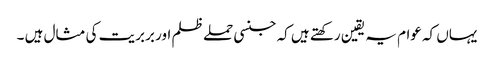
یہاں کہ عوام یہ یقین رکھتے ہیں کہ جنسی حملے ظلم اور بربریت کی مثال ہیں ۔